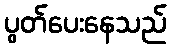
ပွတ်ပေးနေသည်